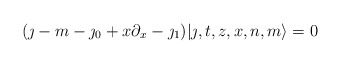
\begin{align*}(\jmath-m-\jmath_0+x\partial_x-\jmath_1)|\jmath,t,z,x,n,m\rangle =0\end{align*}